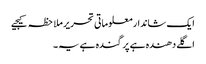
ایک شاندار معلوماتی تحریر ملاحظہ کیجیے
اگلے دھندہ ہے پر گندہ ہے یہ ۔